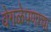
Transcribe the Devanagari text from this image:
वेगळेपणाचा